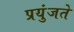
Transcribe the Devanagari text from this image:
प्रयुंजते